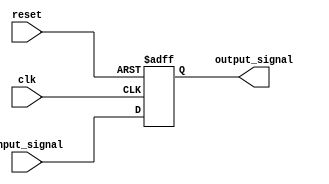
module inverter_delay (
    input wire clk,
    input wire reset,
    input wire input_signal,
    output wire output_signal
);

reg delayed_input;

always @(posedge clk or posedge reset) begin
    if (reset) begin
        delayed_input <= 1'b0;
    end else begin
        delayed_input <= #10 input_signal;
    end
end

assign output_signal = delayed_input;

endmodule